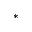
^ { \ast }